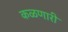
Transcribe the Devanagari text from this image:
कळणारी